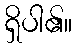
ရှိပါ၏။